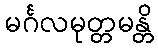
မင်္ဂလမုတ္တမန္တိ